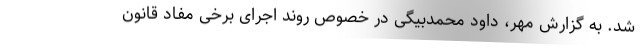
شد. به گزارش مهر، داود محمدبیگی در خصوص روند اجرای برخی مفاد قانون